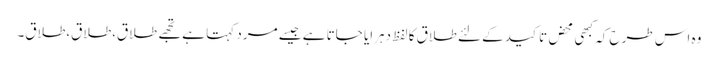
وہ اس طرح کہ کبھی محض تاکید کے لئے طلاق کا لفظ دہرایا جاتا ہے جیسے مرد کہتا ہے تجھے طلاق،طلاق،طلاق۔